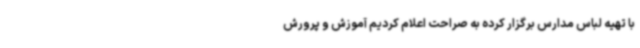
با تهیه لباس مدارس برگزار کرده به صراحت اعلام کردیم آموزش و پرورش